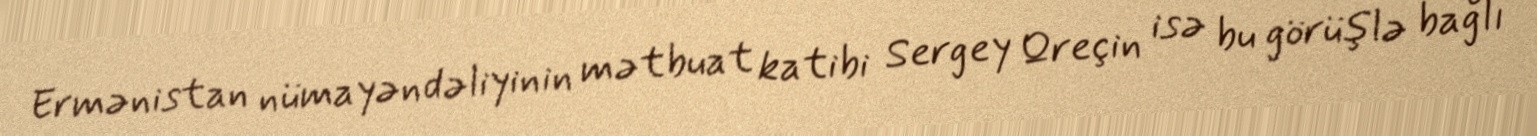
Ermənistan nümayəndəliyinin mətbuat katibi Sergey Qreçin isə bu görüşlə bağlı